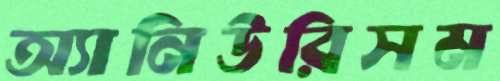
অ্যানিউরিসম